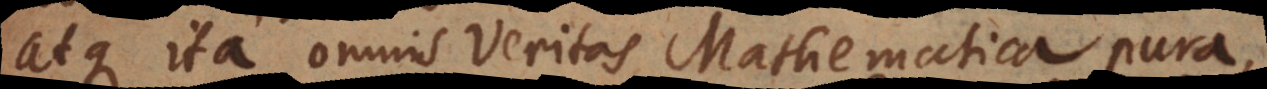
atque ita omnis Veritas Mathematica pura,